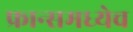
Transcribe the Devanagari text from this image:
फ्रान्समध्येच